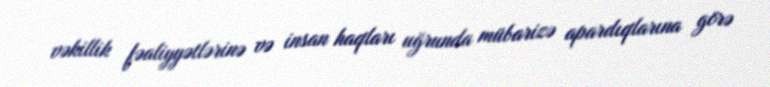
vəkillik fəaliyyətlərinə və insan haqları uğrunda mübarizə apardıqlarına görə